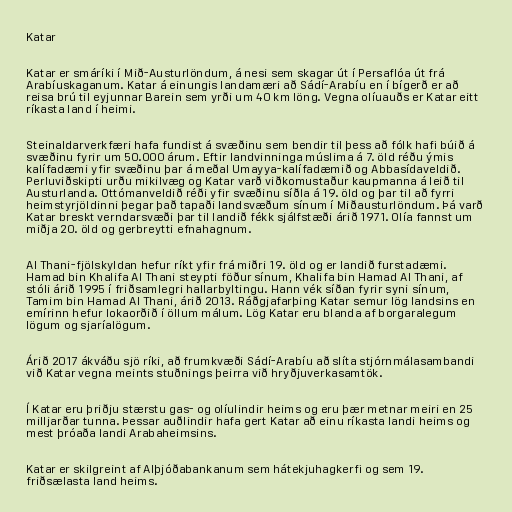
Katar

Katar er smáríki í Mið-Austurlöndum, á nesi sem skagar út í Persaflóa út frá
Arabíuskaganum. Katar á einungis landamæri að Sádí-Arabíu en í bígerð er að
reisa brú til eyjunnar Barein sem yrði um 40 km löng. Vegna olíuauðs er Katar eitt
ríkasta land í heimi.

Steinaldarverkfæri hafa fundist á svæðinu sem bendir til þess að fólk hafi búið á
svæðinu fyrir um 50.000 árum. Eftir landvinninga múslima á 7. öld réðu ýmis
kalífadæmi yfir svæðinu þar á meðal Umayya-kalífadæmið og Abbasídaveldið.
Perluviðskipti urðu mikilvæg og Katar varð viðkomustaður kaupmanna á leið til
Austurlanda. Ottómanveldið réði yfir svæðinu síðla á 19. öld og þar til að fyrri
heimstyrjöldinni þegar það tapaði landsvæðum sínum í Miðausturlöndum. Þá varð
Katar breskt verndarsvæði þar til landið fékk sjálfstæði árið 1971. Olía fannst um
miðja 20. öld og gerbreytti efnahagnum.

Al Thani-fjölskyldan hefur ríkt yfir frá miðri 19. öld og er landið furstadæmi.
Hamad bin Khalifa Al Thani steypti föður sínum, Khalifa bin Hamad Al Thani, af
stóli árið 1995 í friðsamlegri hallarbyltingu. Hann vék síðan fyrir syni sínum,
Tamim bin Hamad Al Thani, árið 2013. Ráðgjafarþing Katar semur lög landsins en
emírinn hefur lokaorðið í öllum málum. Lög Katar eru blanda af borgaralegum
lögum og sjaríalögum.

Árið 2017 ákváðu sjö ríki, að frumkvæði Sádí-Arabíu að slíta stjórnmálasambandi
við Katar vegna meints stuðnings þeirra við hryðjuverkasamtök.

Í Katar eru þriðju stærstu gas- og olíulindir heims og eru þær metnar meiri en 25
milljarðar tunna. Þessar auðlindir hafa gert Katar að einu ríkasta landi heims og
mest þróaða landi Arabaheimsins.

Katar er skilgreint af Alþjóðabankanum sem hátekjuhagkerfi og sem 19.
friðsælasta land heims.